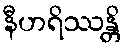
နီဟရိဿန္တိ